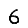
Digit: 6